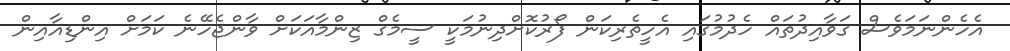
އެހެންނަމަވެސް ގަވާއިދުތައް ހެދުމުގައި އެހީތެރިކަން ފޯރުކޮށްދިނުމަކީ ސީމެގް ޒިންމާއަަކަށް ވާންޖެހޭނެ ކަމަށް އިންޑިއާއިން